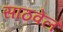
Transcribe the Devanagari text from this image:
साठवेल